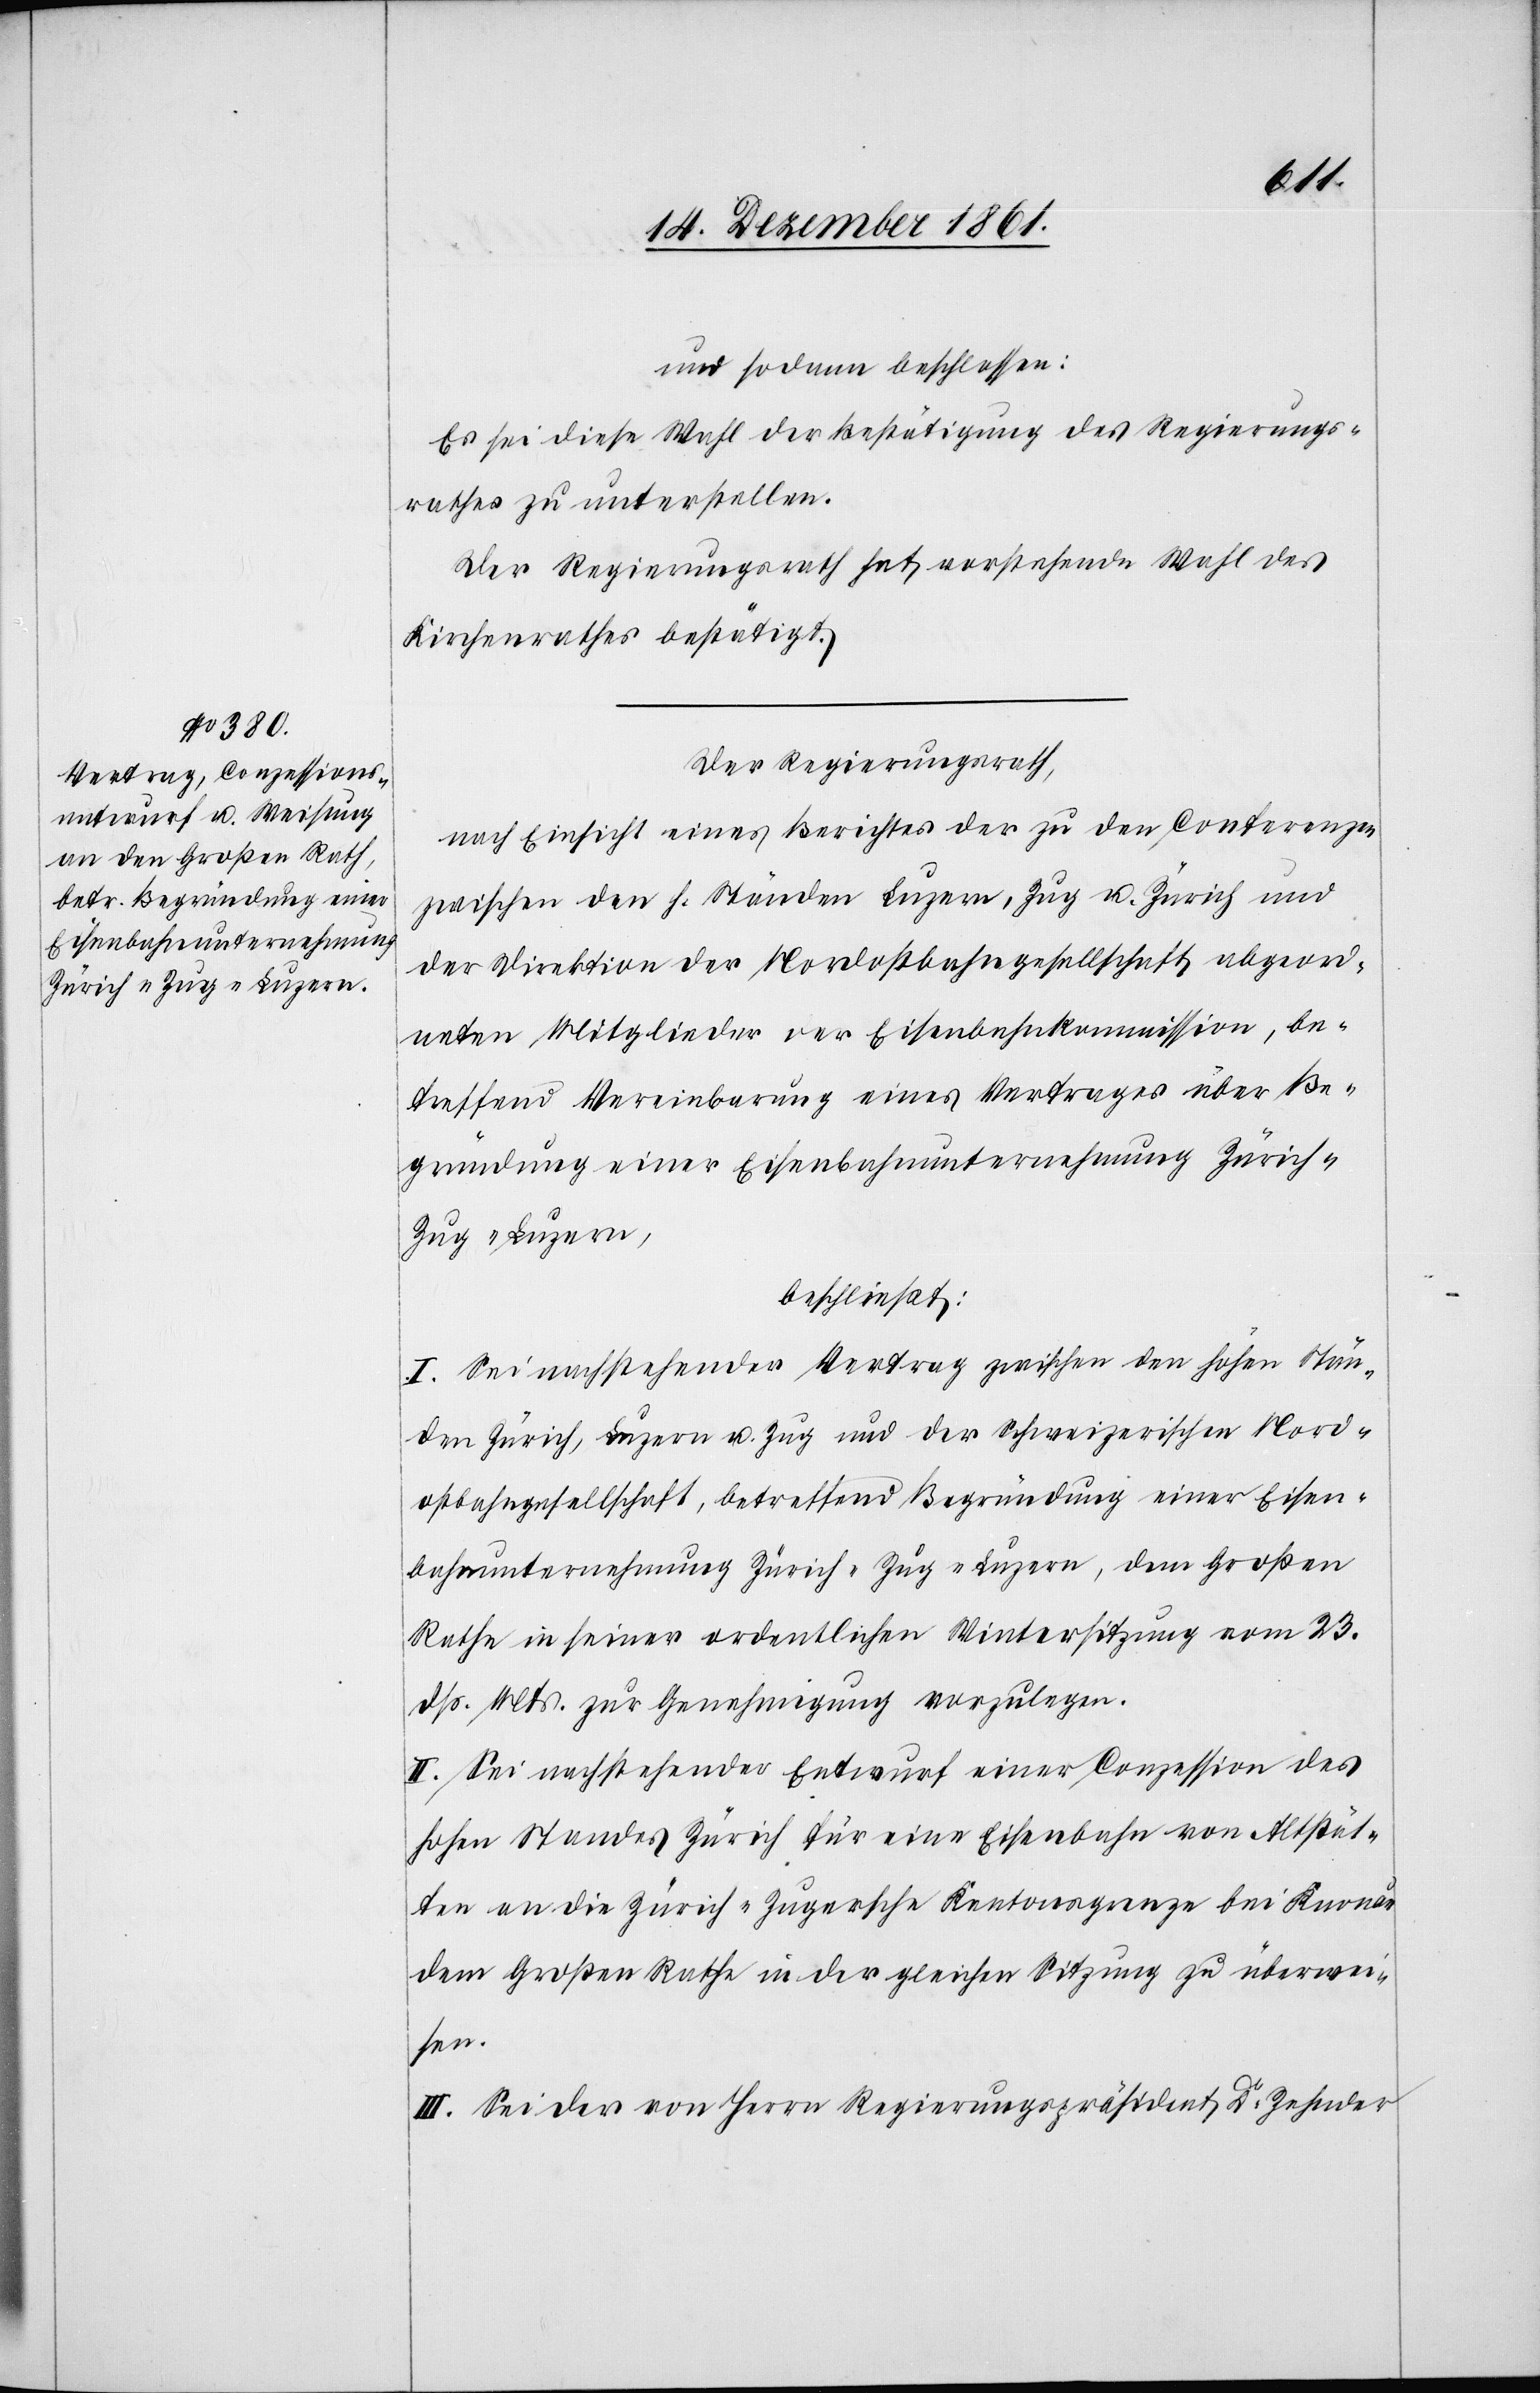
und sodann beschlossen:
Es sei diese Wahl der Bestätigung des Regierungs¬
rathes zu unterstellen.
Der Regierungsrath hat vorstehende Wahl des
Kirchenrathes bestätigt.
Der Regierungsrath,
nach Einsicht eines Berichtes der zu den Conferenzen
zwischen den h. Ständen Luzern, Zug u. Zürich und
der Direktion der Nordostbahngesellschaft abgeord¬
neten Mitglieder der Eisenbahnkommission, be¬
treffend Vereinbarung eines Vertrages über Be¬
gründung einer Eisenbahnunternehmung Zürich-Z¬
ug-Luzern,
beschließt:
I. Sei nachstehender Vertrag zwischen den hohen Stän¬
den Zürich, Luzern u. Zug und der Schweizerischen Nord¬
ostbahngesellschaft, betreffend Begründung einer Eisen¬
bahnunternehmung Zürich-Zug-Luzern, dem Großen
Rathe in seiner ordentlichen Wintersitzung vom 23
dß. Mts. zur Genehmigung vorzulegen.
II. Sei nachstehender Entwurf einer Conzession des
hohen Standes Zürich für eine Eisenbahn von Altstät¬
ten an die Zürich-Zugersche Kantonsgrenze bei Knonau
dem Großen Rathe in der gleichen Sitzung zu überwei¬
sen.
III. Sei der von Herrn Regierungspräsident Dr Zehnder